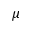
\mu